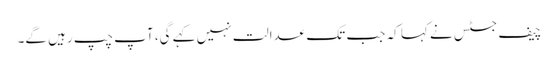
چیف جسٹس نے کہا کہ جب تک عدالت نہیں کہے گی، آپ چپ رہیں گے۔